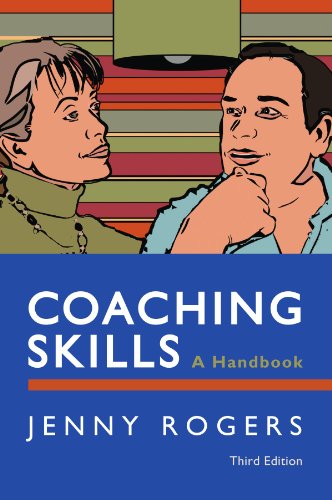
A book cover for Coaching Skills: A Handbook; Jenny Rogers; Business & Money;